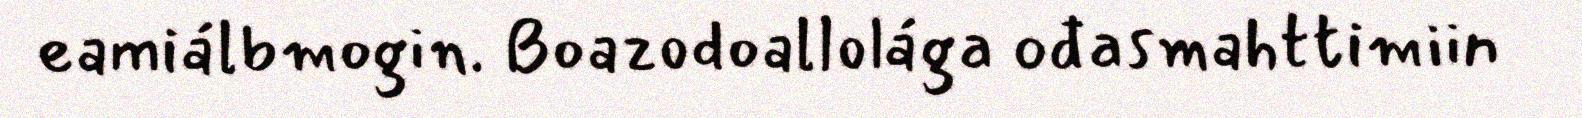
eamiálbmogin. Boazodoallolága ođasmahttimiin